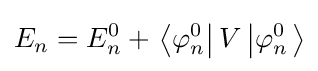
E_{n}=E_{n}^{0}+\left.\left\langle \varphi _{n}^{0}\right|V\left|\varphi _{n}^{0}\right.\right\rangle